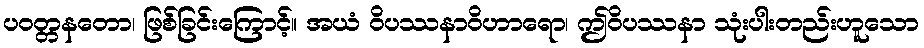
ပဝတ္တနတော၊ ဖြစ်ခြင်းကြောင့်။ အယံ ဝိပဿနာဝိဟာရော၊ ဤဝိပဿနာ သုံးပါးတည်းဟူသော